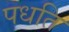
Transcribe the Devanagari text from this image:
पधति